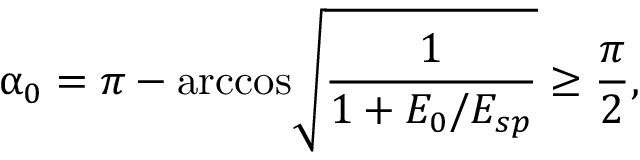
\upalpha _ { 0 } = \pi - \mathrm { a r c c o s } \sqrt { \frac { 1 } { 1 + E _ { 0 } / E _ { s p } } } \geq \frac { \pi } { 2 } ,